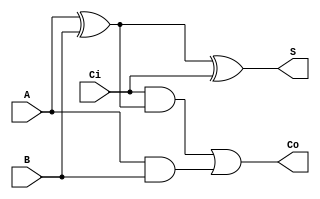
`timescale 1ns / 1ps
//////////////////////////////////////////////////////////////////////////////////
// Company: 
// Engineer: 
// 
// Design Name: 
// Module Name: my_fadder
// Project Name: 
// Target Devices: 
// Tool Versions: 
// Description: 
// 
// Dependencies: 
// 
// Revision:
// Revision 0.01 - File Created
// Additional Comments:
// 
//////////////////////////////////////////////////////////////////////////////////


module my_fadder(
    input A, B, Ci,
    output S,
    output Co
    );

wire ab_xor;
wire ab_and;
wire ci_and;
    
assign S=ab_xor ^ Ci;
assign Co=ci_and | ab_and;

assign ab_xor=A^B;
assign ab_and=A&B;
assign ci_and=Ci&ab_xor;

endmodule